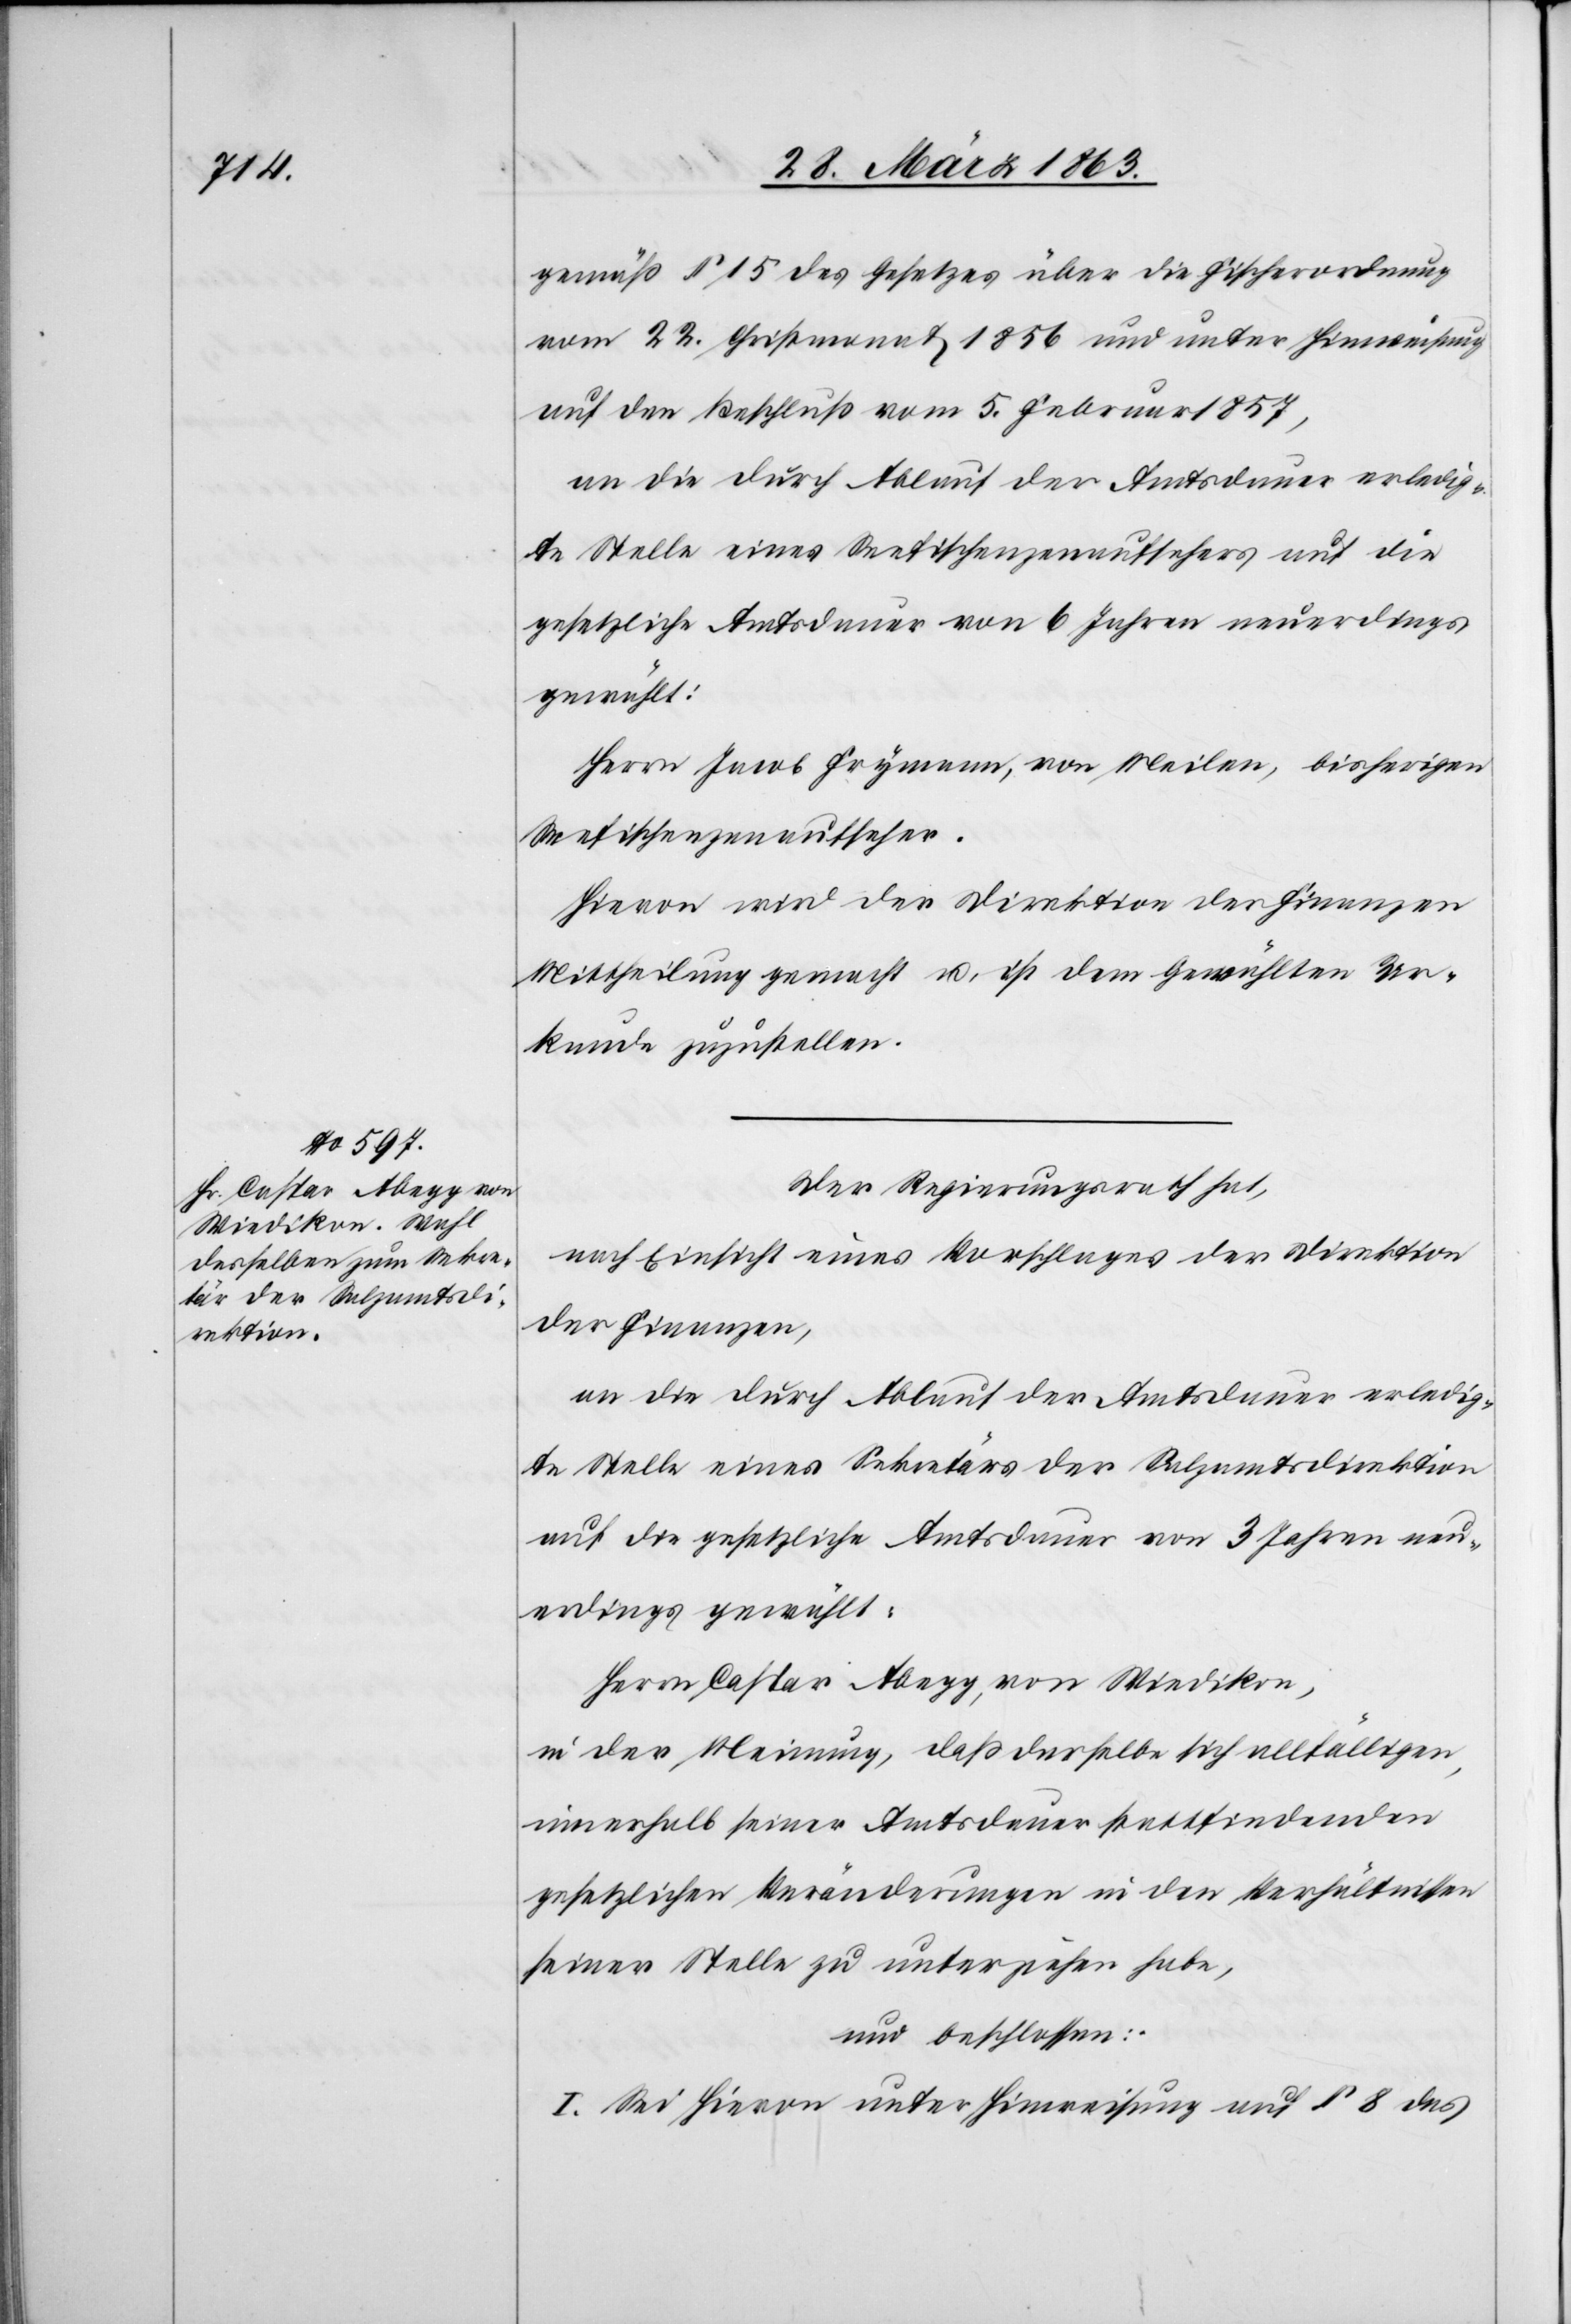
gemäß § 15 des Gesetzes über die Fischerordnung
vom 22. Christmonat 1856 und unter Hinweisung
auf den Beschluß vom 5. Februar 1857,
an die durch Ablauf der Amtsdauer erledig¬
te Stelle eines Seefischenzenaufsehers auf die
gesetzliche Amtsdauer von 6 Jahren neuerdings
gewählt:
Herrn Jacob Frymann, von Meilen, bisherigen
Seefischenzenaufseher.
Hievon wird der Direktion der Finanzen
Mittheilung gemacht u. ist dem Gewählten Ur¬
kunde zuzustellen.
Der Regierungsrath hat,
nach Einsicht eines Vorschlages der Direktion
der Finanzen,
an die durch Ablauf der Amtsdauer erledig¬
te Stelle eines Sekretärs der Salzamtsdirektion
auf die gesetzliche Amtsdauer von 3 Jahren neu¬
erdings gewählt:
Herrn Caspar Abegg, von Wiedikon,
in der Meinung, daß derselbe sich allfälligen,
innerhalb seiner Amtsdauer stattfindenden
gesetzlichen Veränderungen in den Verhältnissen
seiner Stelle zu unterziehen habe,
und beschlossen:
I. Sei hievon unter Hinweisung auf § 8 des